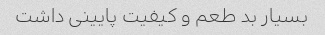
بسیار بد طعم و کیفیت پایینی داشت